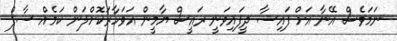
ނަމަވެސް އޭނާ އަށް ފައިސާ ދީފައިވަނީ ރައީސް ޔާމީން އަވަހާރަކޮށްލަން ކަމެއް ސާފް